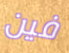
فين